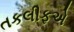
તકલીફએ